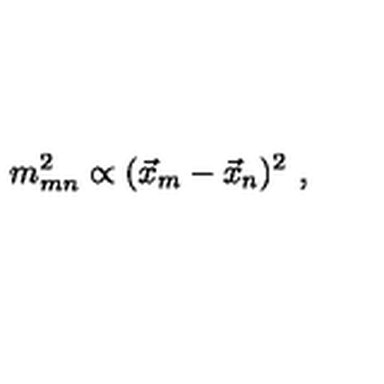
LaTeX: m _ { m n } ^ { 2 } \propto ( \vec { x } _ { m } - \vec { x } _ { n } ) ^ { 2 } \ ,